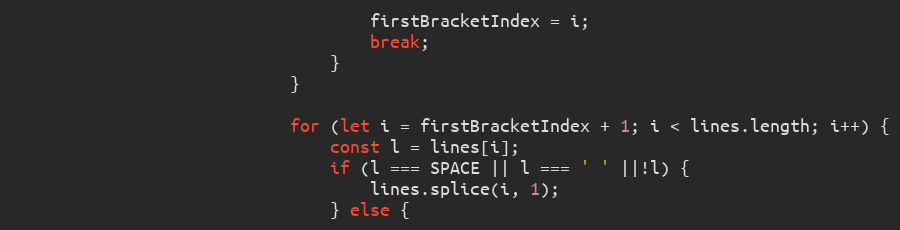
Language: JavaScript
									firstBracketIndex = i;
									break;
								}
							}

							for (let i = firstBracketIndex + 1; i < lines.length; i++) {
								const l = lines[i];
								if (l === SPACE || l === ' ' ||!l) {
									lines.splice(i, 1);
								} else {